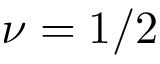
\nu = 1 / 2